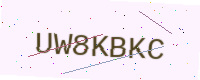
Text: UW8KBKC